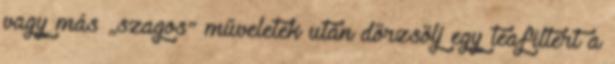
vagy más „szagos” műveletek után dörzsölj egy teafiltert a